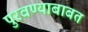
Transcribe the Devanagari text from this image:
पुरवण्याबाबत